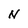
Character: N